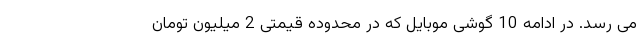
می رسد. در ادامه 10 گوشی موبایل که در محدوده قیمتی 2 میلیون تومان